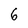
Character: 6